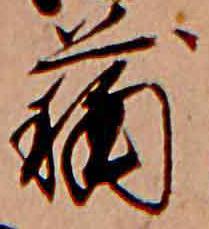
蒲